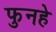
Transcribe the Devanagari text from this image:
फुनहे